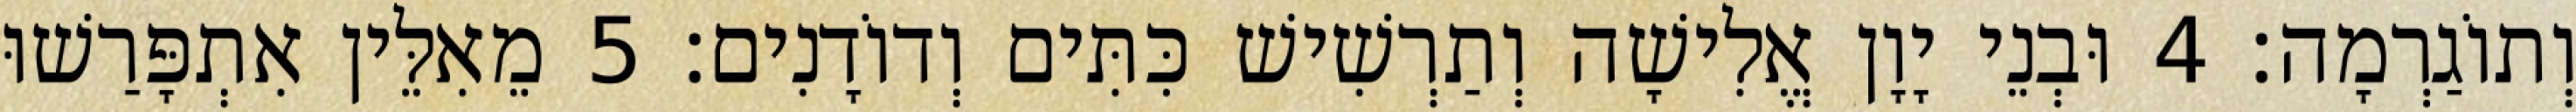
וְתוֹגַרְמָה׃ 4 וּבְנֵי יָוָן אֱלִישָׁה וְתַרְשִׁישׁ כִּתִּים וְדוֹדָנִים׃ 5 מֵאִלֵּין אִתְפָּרַשׁוּ